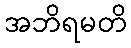
အဘိရမတိ